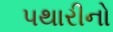
પથારીનો